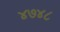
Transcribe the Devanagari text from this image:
४७४८